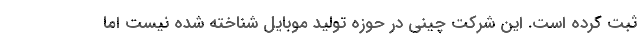
ثبت کرده است. این شرکت چینی در حوزه تولید موبایل شناخته شده نیست اما